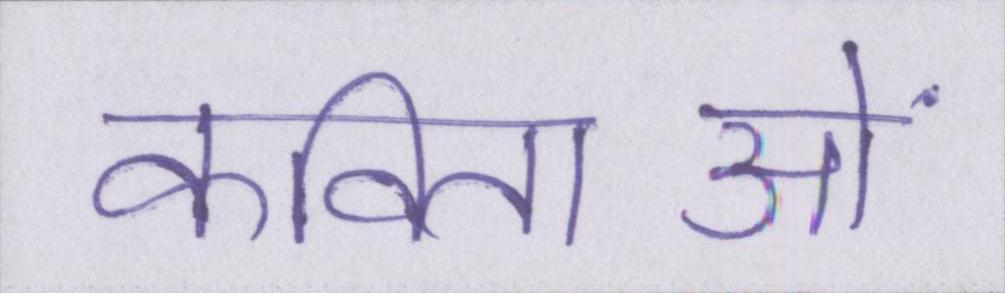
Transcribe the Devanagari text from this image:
कविताओं